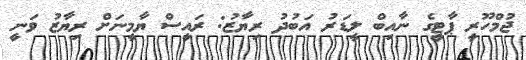
ޖުމްހޫރީ ޕާޓީގެ ނާއިބް ލީޑަރު އަބުދު ރިޔާޒު: ރައީސް ޔާމީނަށް ރިޔާޒު ވަނީ